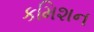
કમિશન